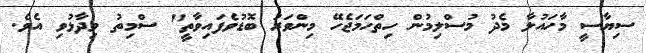
ސިޔާސީ މާހައުލާ މެދު މުސްލިމުން ހިތްހަމަޖެހޭ މިންވަރު ބޮޑުވެފައިވާތީ" ސްމިތު ވިދާޅުވި އެވެ.